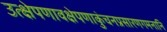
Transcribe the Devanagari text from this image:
उत्क्षेपणावक्षेपणाकुंचनप्रसारणगमनानि